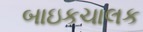
બાઇકચાલક